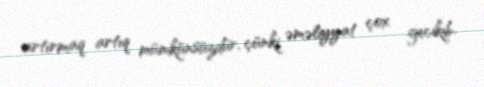
artırmaq artıq mümkünsüzdür, çünki əməliyyat çox gecikib.